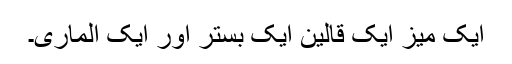
ایک میز ایک قالین ایک بستر اور ایک الماری۔